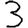
Digit: 3